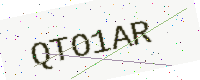
Text: QTO1AR